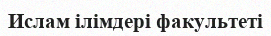
Ислам ілімдері факультеті